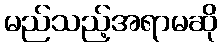
မည်သည့်အရာမဆို